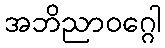
အဘိညာဝဂ္ဂေါ